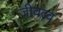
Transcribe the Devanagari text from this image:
जीवत्व